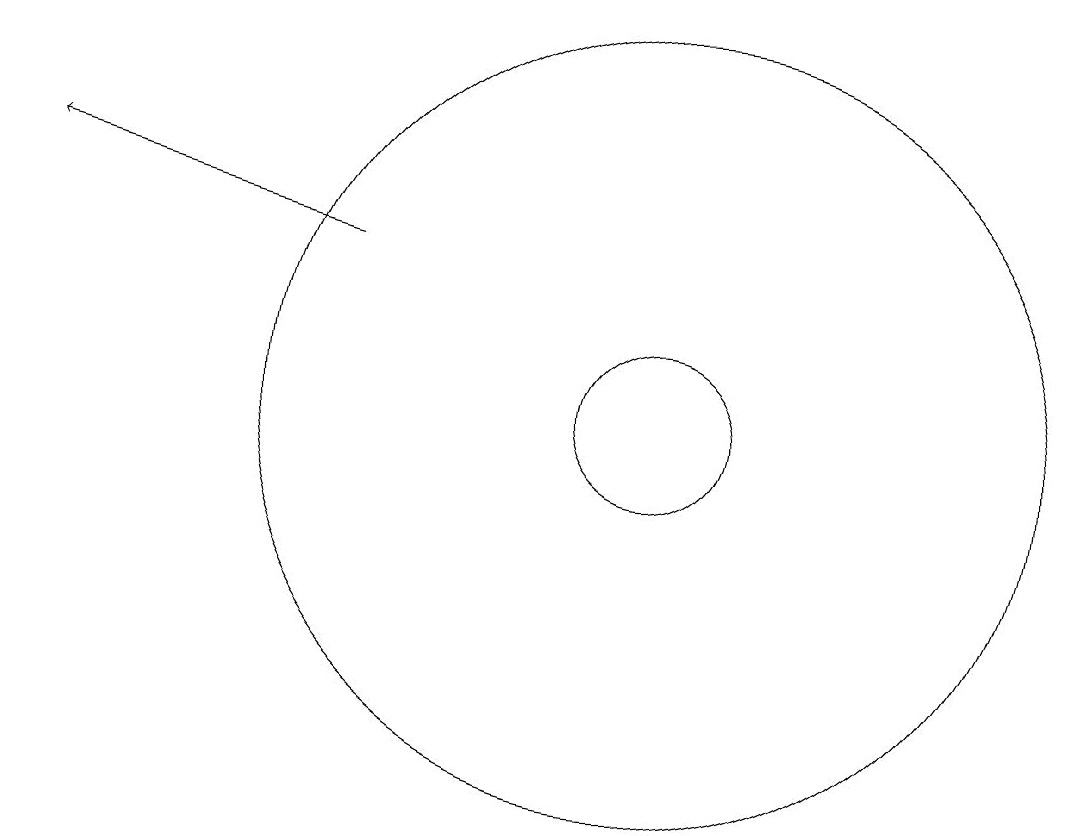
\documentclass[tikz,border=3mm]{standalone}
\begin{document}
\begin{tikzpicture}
\draw (10,11) circle (1);
\draw (10,11) circle (5);
\draw[->] (6,13) -- (2,14);
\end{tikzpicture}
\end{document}